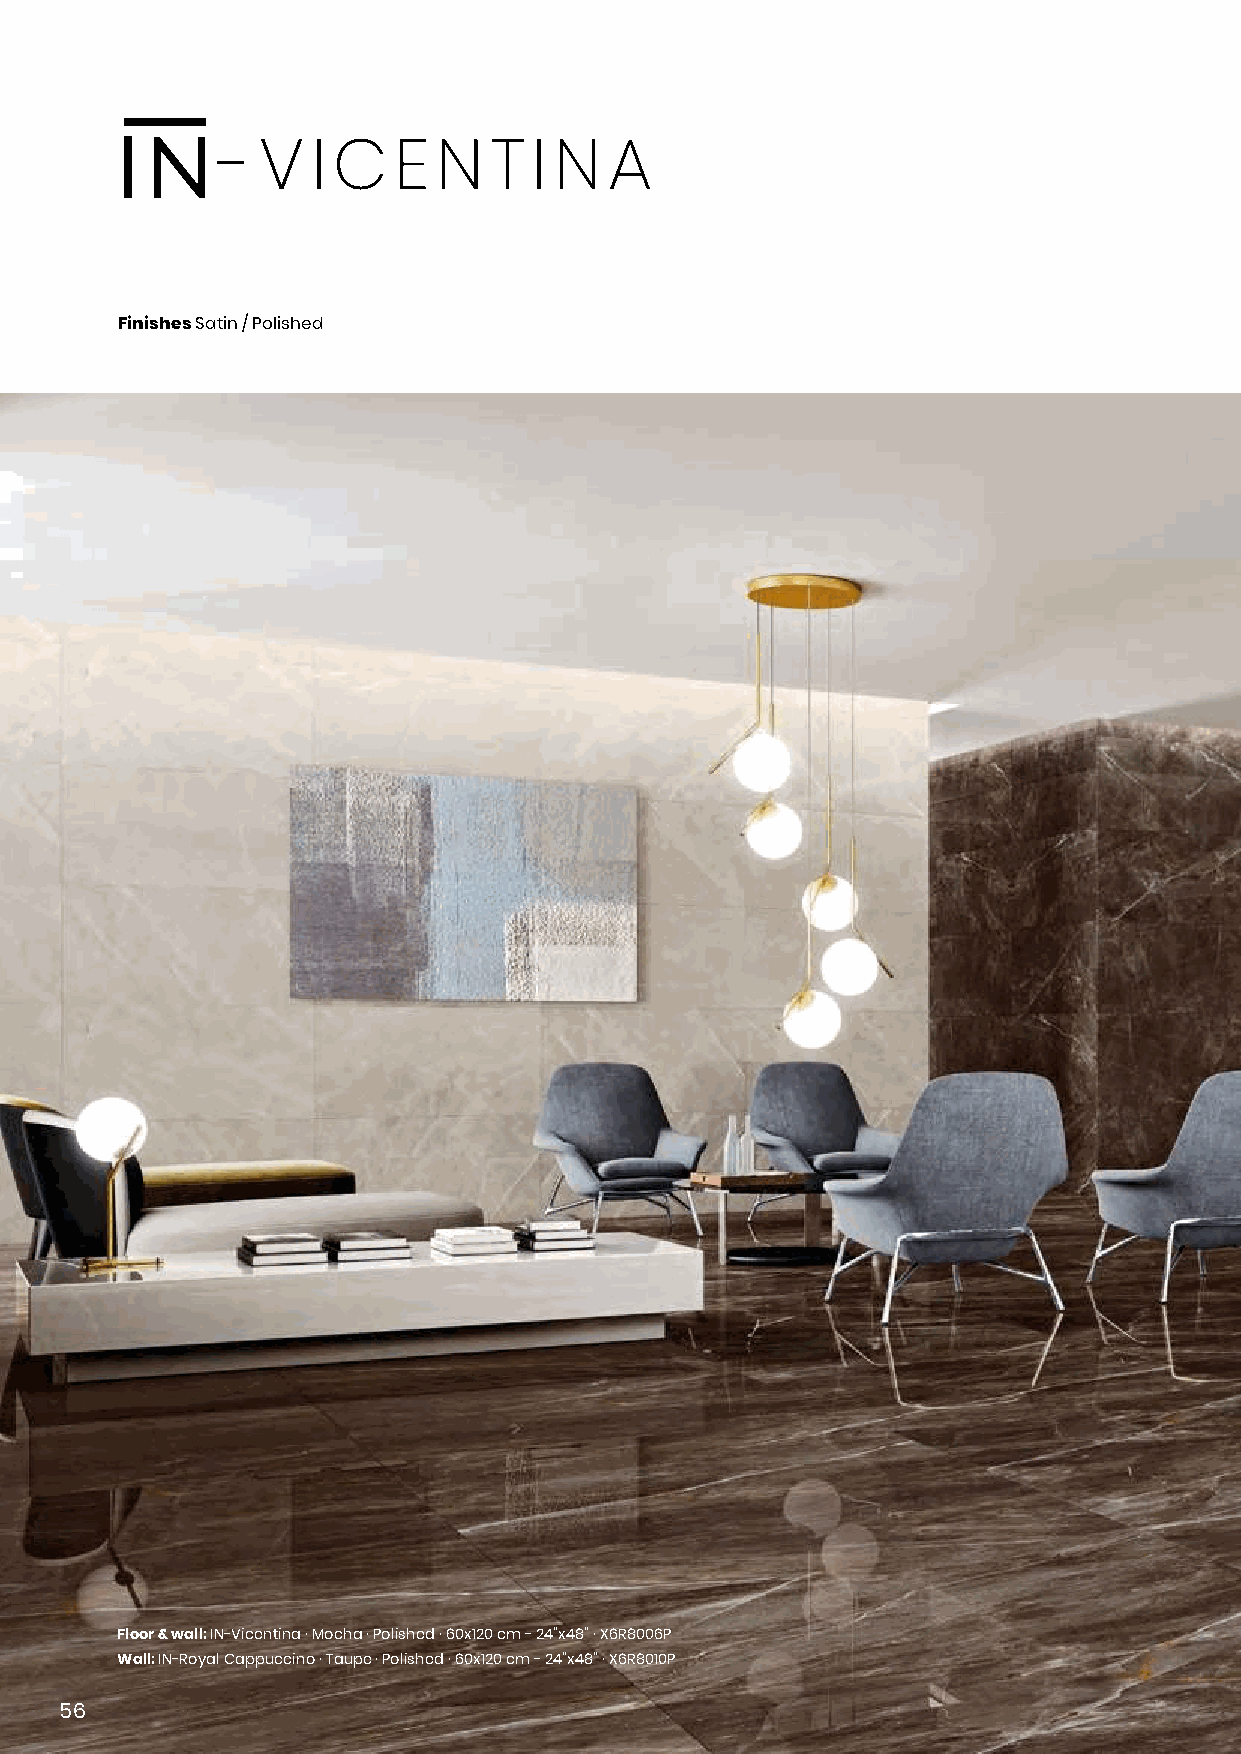
- V   I C  E  N  T  I N  A
 Finishes Satin / Polished
 Floor & wall: IN-Vicentina · Mocha · Polished · 60x120 cm - 24”x48” · X6R8006P
 Wall: IN-Royal Cappuccino · Taupe · Polished · 60x120 cm - 24”x48” · X6R8010P
 56